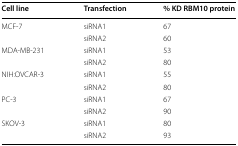
<table><thead><tr><td><b>Cell line</b></td><td><b>Transfection</b></td><td><b>% KD RBM10 protein</b></td></tr></thead><tbody><tr><td>MCF-7</td><td>siRNA1</td><td>67</td></tr><tr><td></td><td>siRNA2</td><td>60</td></tr><tr><td>MDA-MB-231</td><td>siRNA1</td><td>53</td></tr><tr><td></td><td>siRNA2</td><td>80</td></tr><tr><td>NIH:OVCAR-3</td><td>siRNA1</td><td>55</td></tr><tr><td></td><td>siRNA2</td><td>80</td></tr><tr><td>PC-3</td><td>siRNA1</td><td>67</td></tr><tr><td></td><td>siRNA2</td><td>90</td></tr><tr><td>SKOV-3</td><td>siRNA1</td><td>80</td></tr><tr><td></td><td>siRNA2</td><td>93</td></tr></tbody></table>